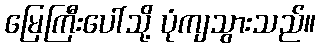
မြေကြီးပေါ်သို့ ပုံကျသွားသည်။